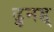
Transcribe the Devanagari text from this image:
ढुनड्